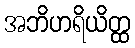
အဘိဟရိယိတ္ထ